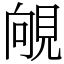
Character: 䚁